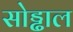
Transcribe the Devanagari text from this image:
सोड्ढाल